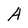
Character: A